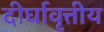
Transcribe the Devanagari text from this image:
दीर्घावृत्तीय